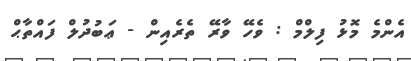
އެންމެ މޮޅު ފިލްމް : ވެހޭ ވާރޭ ތެރެއިން - ޢަބުދުލް ފައްތާޙް